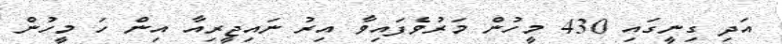
އަދި ގިނީގައި 430 މީހުން މަރުވެފައިވާ އިރު ނައިޖީރިއާ އިން ހަ މީހުން